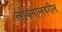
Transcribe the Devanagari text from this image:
लोकपालवरील